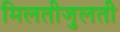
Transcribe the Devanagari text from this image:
मिलतीजुलती